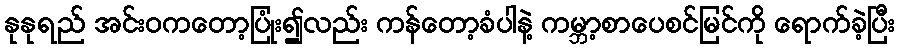
နုနုရည် အင်းဝကတော့ပြုံး၍လည်း ကန်တော့ခံပါနဲ့ ကမ္ဘာ့စာပေစင်မြင်ကို ရောက်ခဲ့ပြီး